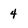
Character: 4